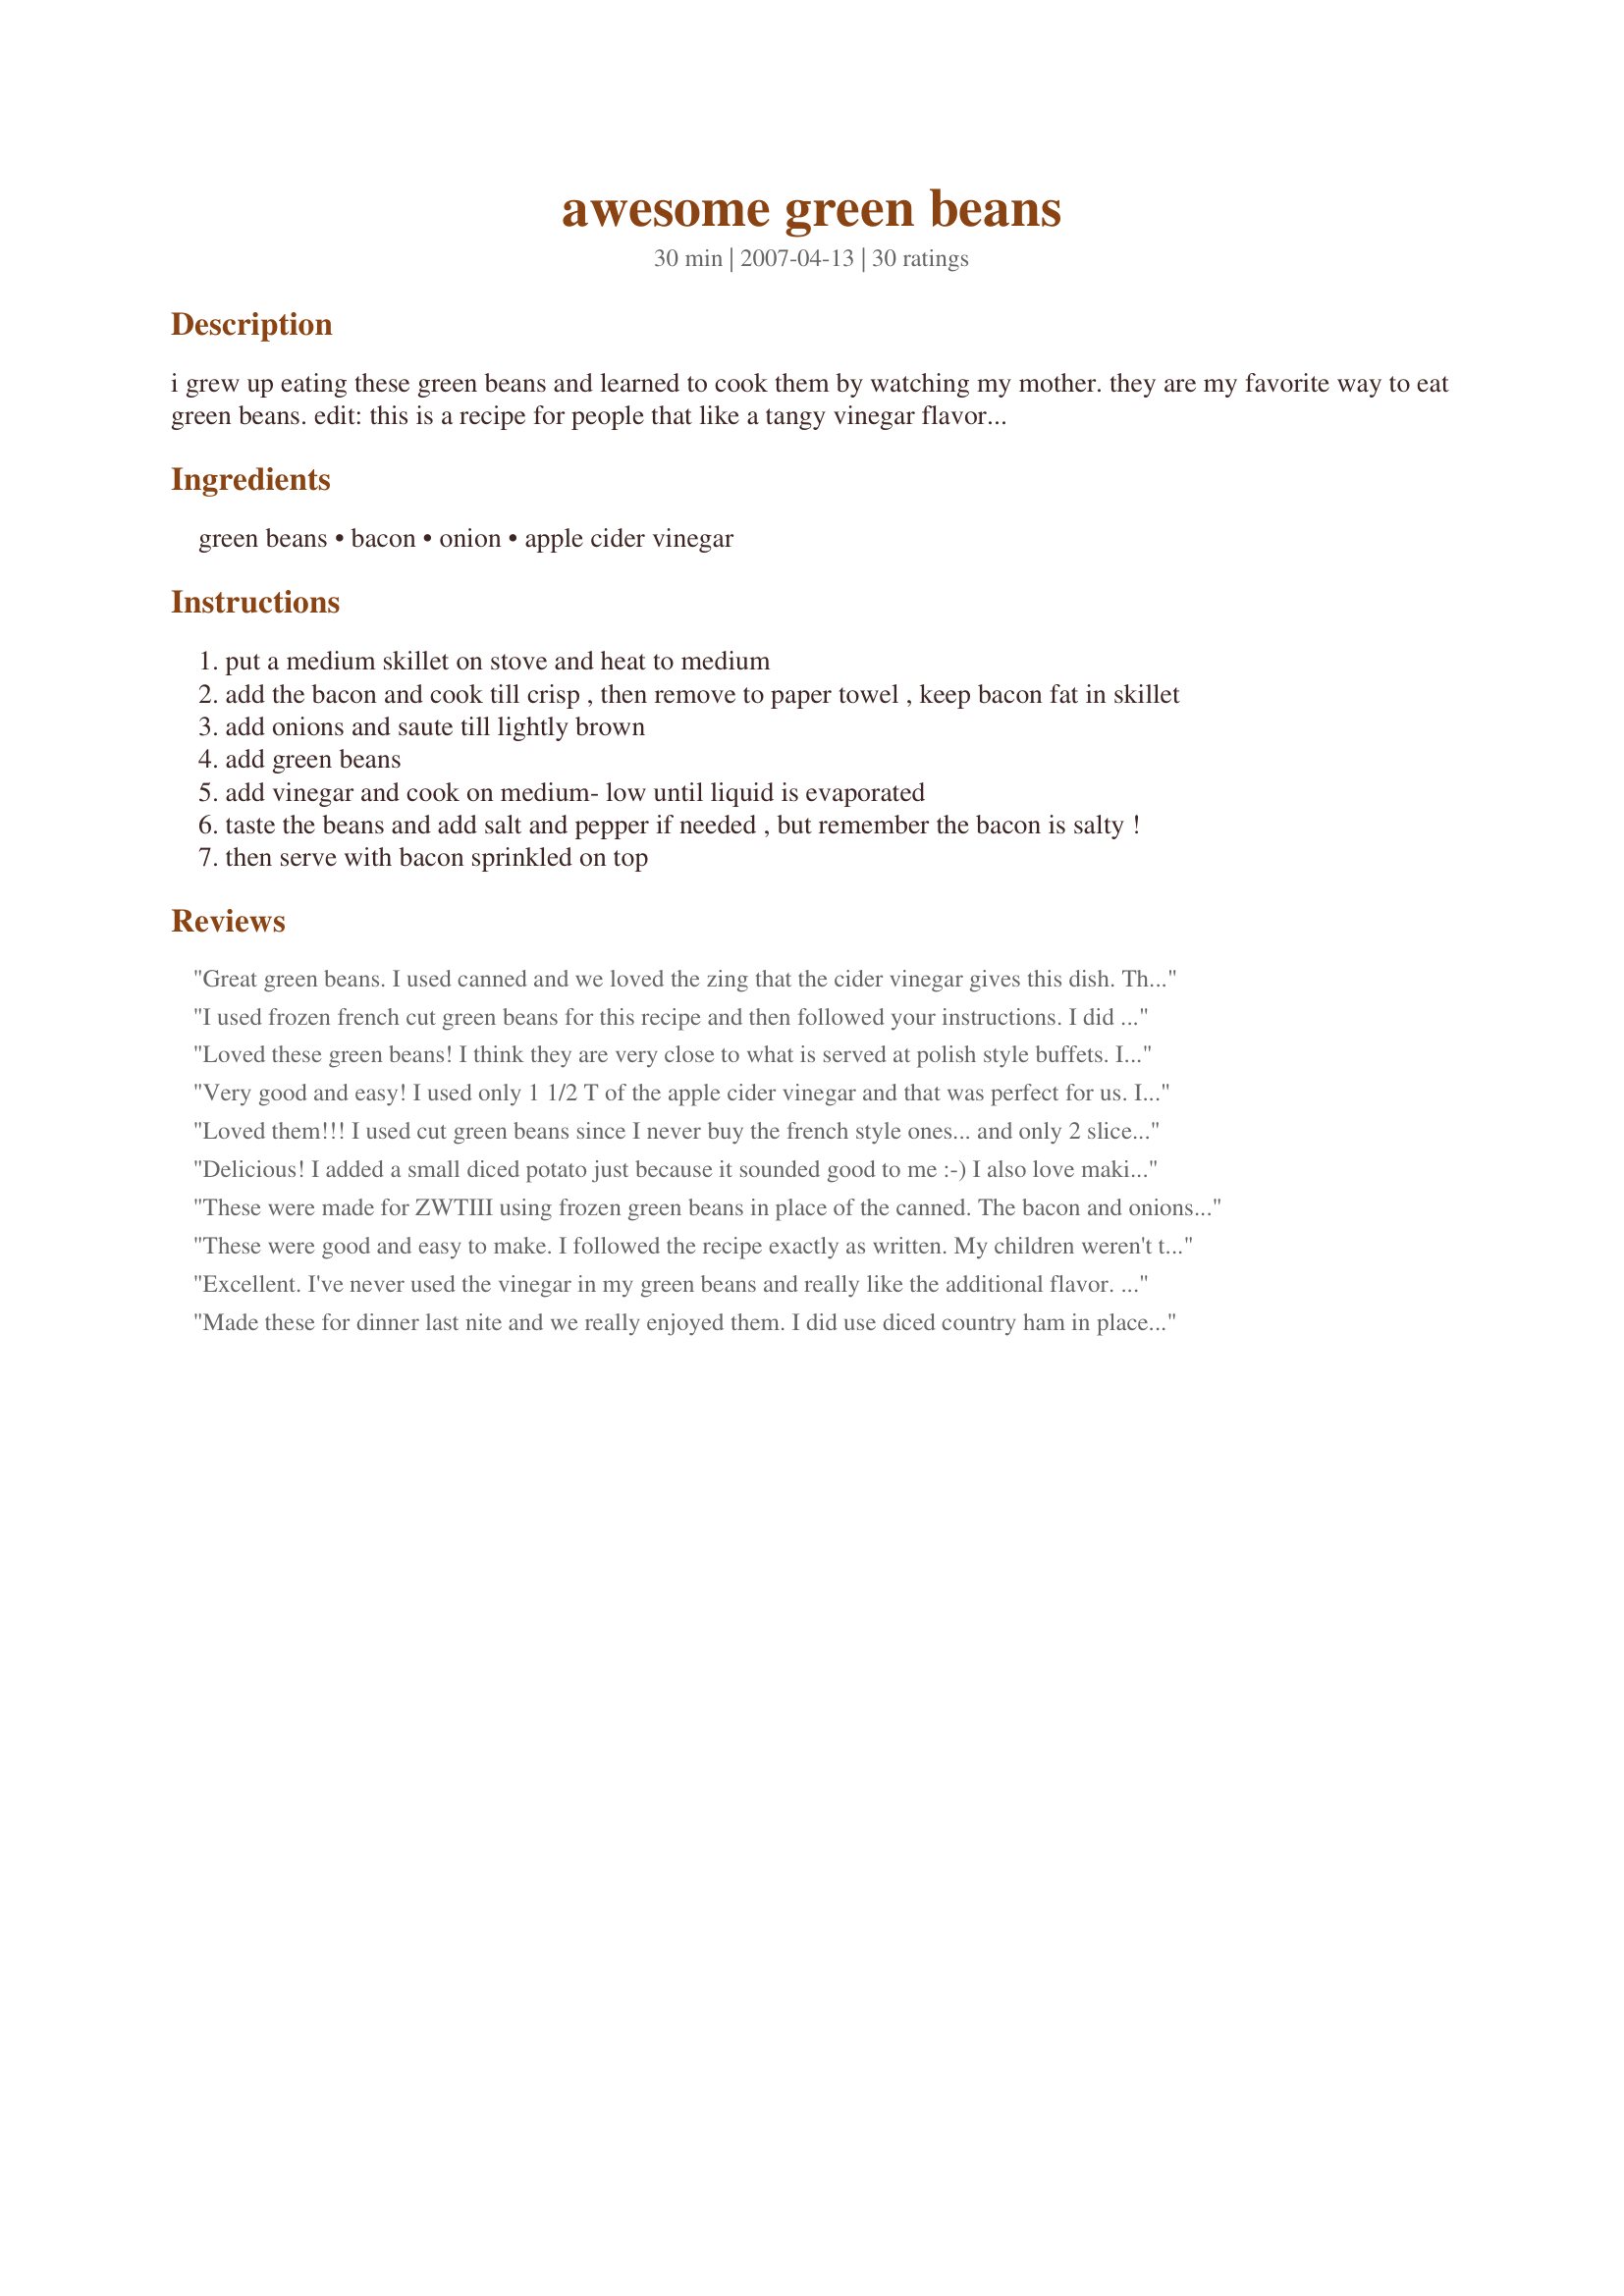
awesome green beans
Preparation time: 30 minutes

i grew up eating these green beans and learned to cook them by watching my mother. they are my favorite way to eat green beans.
edit: this is a recipe for people that like a tangy vinegar flavor, most kids won't like it. i make this for the adults and just buttered beans for my kids.

Ingredients:
green beans, bacon, onion, apple cider vinegar

Steps:
put a medium skillet on stove and heat to medium
add the bacon and cook till crisp , then remove to paper towel , keep bacon fat in skillet
add onions and saute till lightly brown
add green beans
add vinegar and cook on medium- low until liquid is evaporated
taste the beans and add salt and pepper if needed , but remember the bacon is salty !
then serve with bacon sprinkled on top

Reviews:
Great green beans. I used canned and we loved the zing that the cider vinegar gives this dish. Thanks for another winner diner524.
I used frozen french cut green beans for this recipe and then followed your instructions. I did add cracked black pepper at the end of the cooking time. The vinegar provided a nice tang. I served this with Recipe #212399 and Recipe #16859. 

Reviewed for ZWT 3.
Loved these green beans! I think they are very close to what is served at polish style buffets. I used turkey bacon so I added some olive oil to my pan. Cooked the bacon and onions together and used about 2 tablespoons of apple cider vinegar. Will definitely make these again!
Very good and easy! I used only 1 1/2 T of the apple cider vinegar and that was perfect for us. I served this with "Recipe#270382". Thanks for sharing!
Loved them!!! I used cut green beans since I never buy the french style ones... and only 2 slices of thick, premium bacon... it was plenty! I loved the tang of the ACV (Bragg brand of course!) with the savory bacon and onion. Just delicious... I should have made another can just for myself... Thanks for posting!
Delicious! I added a small diced potato just because it sounded good to me :-) I also love making fresh green beans this way, with some extra bacon.
These were made for ZWTIII using frozen green beans in place of the canned. The bacon and onions were browned together and instead of taking the bacon out, the beans were added along with a small amount of water with the vinegar. A nice way to prepare green beans.
These were good and easy to make. I followed the recipe exactly as written. My children weren't thrilled with the vinegar but hubby and I enjoyed them. Ths bacon and onion gave them a good flavor.
Excellent. I've never used the vinegar in my green beans and really like the additional flavor. This went very well with roast beef, potatoes and carrots. Thanks for sharing. :)
Made these for dinner last nite and we really enjoyed them. I did use diced country ham in place of the bacon and we thought that added a nice flavour also. I love using ACV in recipes and thought it added a great zap of flavour to the beans. I also used a flat italian green bean and thought it absorbed the flavour well. Made for ZWT4.
Everyone enjoyed the beans. I did use fresh beans (steamed in Microwave. Had to keep the kids from picking out the meat. Thanks!
These were fantastic!! Bacon must be nice and crispy and onions must be carmelized. Yummy!!!!! Even the two year old loved it. I used frozen green beans. Thanks for the great side dish!
I loved the flavor of this! I often make green beans in a similar way using fresh beans. I may continue to do that in the future since the canned beans almost cooked into a mush trying to cook the vinegar out. I feel that fresh beans would hold their shape better. The flavor was wonderful though, and I would suggest that this recipe serves no more than 2 people in a realistic situation. Thanks for sharing! ~Sue
They were o.k. for us. we liked the flavor.
Oh, Diner524, are the ever-so good!
 Made with a total comfort meal. Love them!!
Very nice, and we were quite happy with the amount of vinegar, it added a nice tang that I really enjoyed.
 I used fresh beans, and I think I had a bit too much bacon... but we like bacon!
Easy to prepare, a lovely way to prepare a favourite vegetable!

Thanks, diner!
Very good and simple! Will make again!
I made this for the guys last night and they both gave it 4 stars. "Really good" and "They are great with the pork chops" were heard at the table. The recipe is certainly easy to make. I used 1 1/2 tbsp of the vinegar, one thought it was too heavy and the other said it was just right. They both said that they would be happy to have then again. Thanks Diner for an easy veggie that the men will eat!
I've been doing green beans this way for years.But,I have never used the vinegar.In fact these or on our Thanksgiving menu for tomorrow but I will try it the way you have it written.Will let you know how they turn out.I've never had anyone say they did'nt like them.Thank you diner524!
Delicious beans. I used frozen as I can't stand canned. :) Made for ZWT 3.
These just didn't do it for me. . .sorry! I love all the ingredients, just not all together. They were a bit bland (although vinegary), so I added a little seasoning salt and pepper which did help. Only used 1 tbsp vinegar and frozen french cut beans. Made for ZWT4.
This is a good way to prepare green beans ! I add a small can of peeled canned tomatoes to it...gives a kick. Good recipe.
These green beans were delicious! I love anything tangy, but had never thought of putting vinegar into a recipe for green beans. What a difference, they were terrific. And we all love bacon so that was an extra treat. Thanks for posting this great recipe!
This was easy and I can see why some people would really like it. My kids didn't care for it, but then it is very hard to find any vegetable dish they will like. My husband and I found it just okay. This is one that I would encourage others to try because it is a personal taste type of recipe. Thanks for sharing the recipe.
Very good and a little different.
I would definitely make these beans again, but without the cider vinegar. THEY ARE QUICK TO MAKE PLUS THE ONION AND BACON ARE THE PERFECT TOUCH, but none of us liked the vinegar flavor so they didn't get eaten. I appreciate you posting Diner, because I do really like the overall idea. Made for Zaar stars, please see my rating system.
Excellent dish. I have always believed that anything with bacon has to be good, but the vinegar ready adds to this dish. Thanks for the new way of doing beans and congrats on the football win.
Very good recipe! I used fresh green beans, but otherwise followed recipe. I had to extend the cooking time to adjust for my using fresh beans, but that was easy to do, simmering them on low, for a longer time. The whole family, and my guest, loved them. No leftovers always says it all! Thanks for sharing. Made for Zaar World Tour.
You can't go wrong with vinegar in a recipe. This is another great bean recipe. I forgot and added the bacon in the beginning. But that was alright as it added more bacon flavor to the beans as they cooked. Made for ZWT III 2007 - United States Region
I really enjoyed this as a side with our meal tonight. The taste reminded me a bit of the taste of a PA Dutch three bean salad but warmed up. My other half is always putting vinegar on everything anyway so he was happy with the taste too. Made for the Zaar World Tour.
